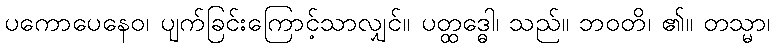
ပကောပေနေဝ၊ ပျက်ခြင်းကြောင့်သာလျှင်။ ပတ္ထဒ္ဓေါ၊ သည်။ ဘဝတိ၊ ၏။ တသ္မာ၊